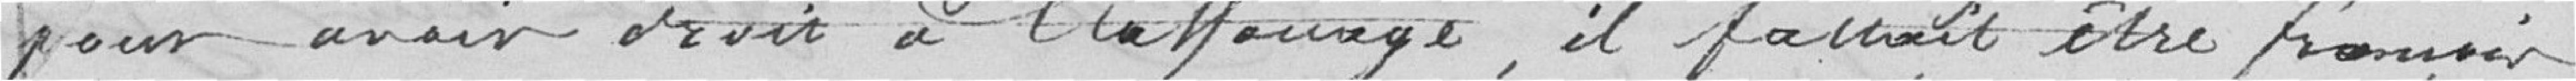
pour avoir observer à  ,il faudrait être français